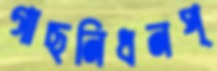
গাছনিধনপ্